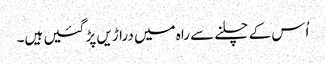
اُس کے چلنے سے راہ میں دراڑیں پڑ گئیں ہیں۔